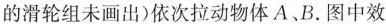
的滑轮组未画出)依次拉动物体A、B.图中效